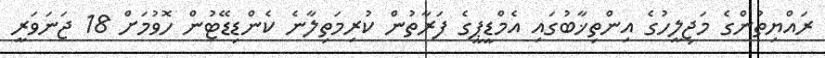
ރައްޔިތުންގެ މަޖިލީހުގެ އިންތިޚާބުގައި އެމްޑީޕީގެ ފަރާތުން ކުރިމަތިލާނެ ކެންޑިޑޭޓުން ހޮވުމަށް 18 ޖަނަވަރީ